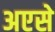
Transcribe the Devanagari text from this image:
अएसे